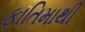
ફાતિમાથી